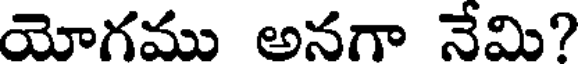
యోగము అనగా నేమి?